Indian journal of veterinary science and animal husbandry - Volume 5,
Year: 1935
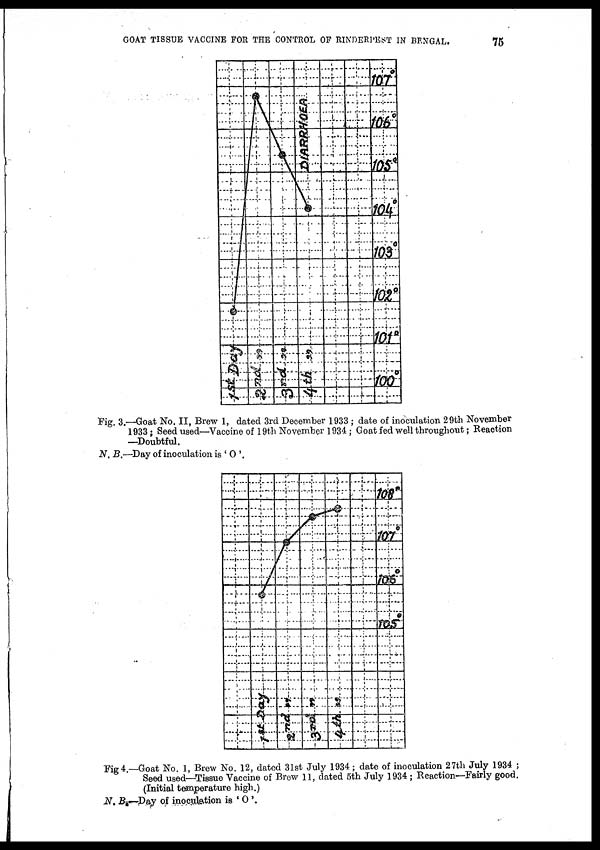
GOAT TISSUE VACCINE FOR THE CONTROL OF RINDERPEST IN BENGAL.
75
Fig. 3.—Goat No. II, Brew 1, dated 3rd December 1933 ; date of inoculation 29th November
1933 ; Seed used—Vaccine of 19th November 1934 ; Goat fed well throughout; Reaction
—Doubtful.
N. B.—Day of inoculation is ' O '.
Fig 4.—Goat No. 1, Brew No. 12, dated 31st July 1934 ; date of inoculation 27th July 1934 ;
Seed used—Tissue Vaccine of Brew 11, dated 5th July 1934 ; Reaction—Fairly good.
(Initial temperature high.)
N. B.—Day of inoculation is ' O '.